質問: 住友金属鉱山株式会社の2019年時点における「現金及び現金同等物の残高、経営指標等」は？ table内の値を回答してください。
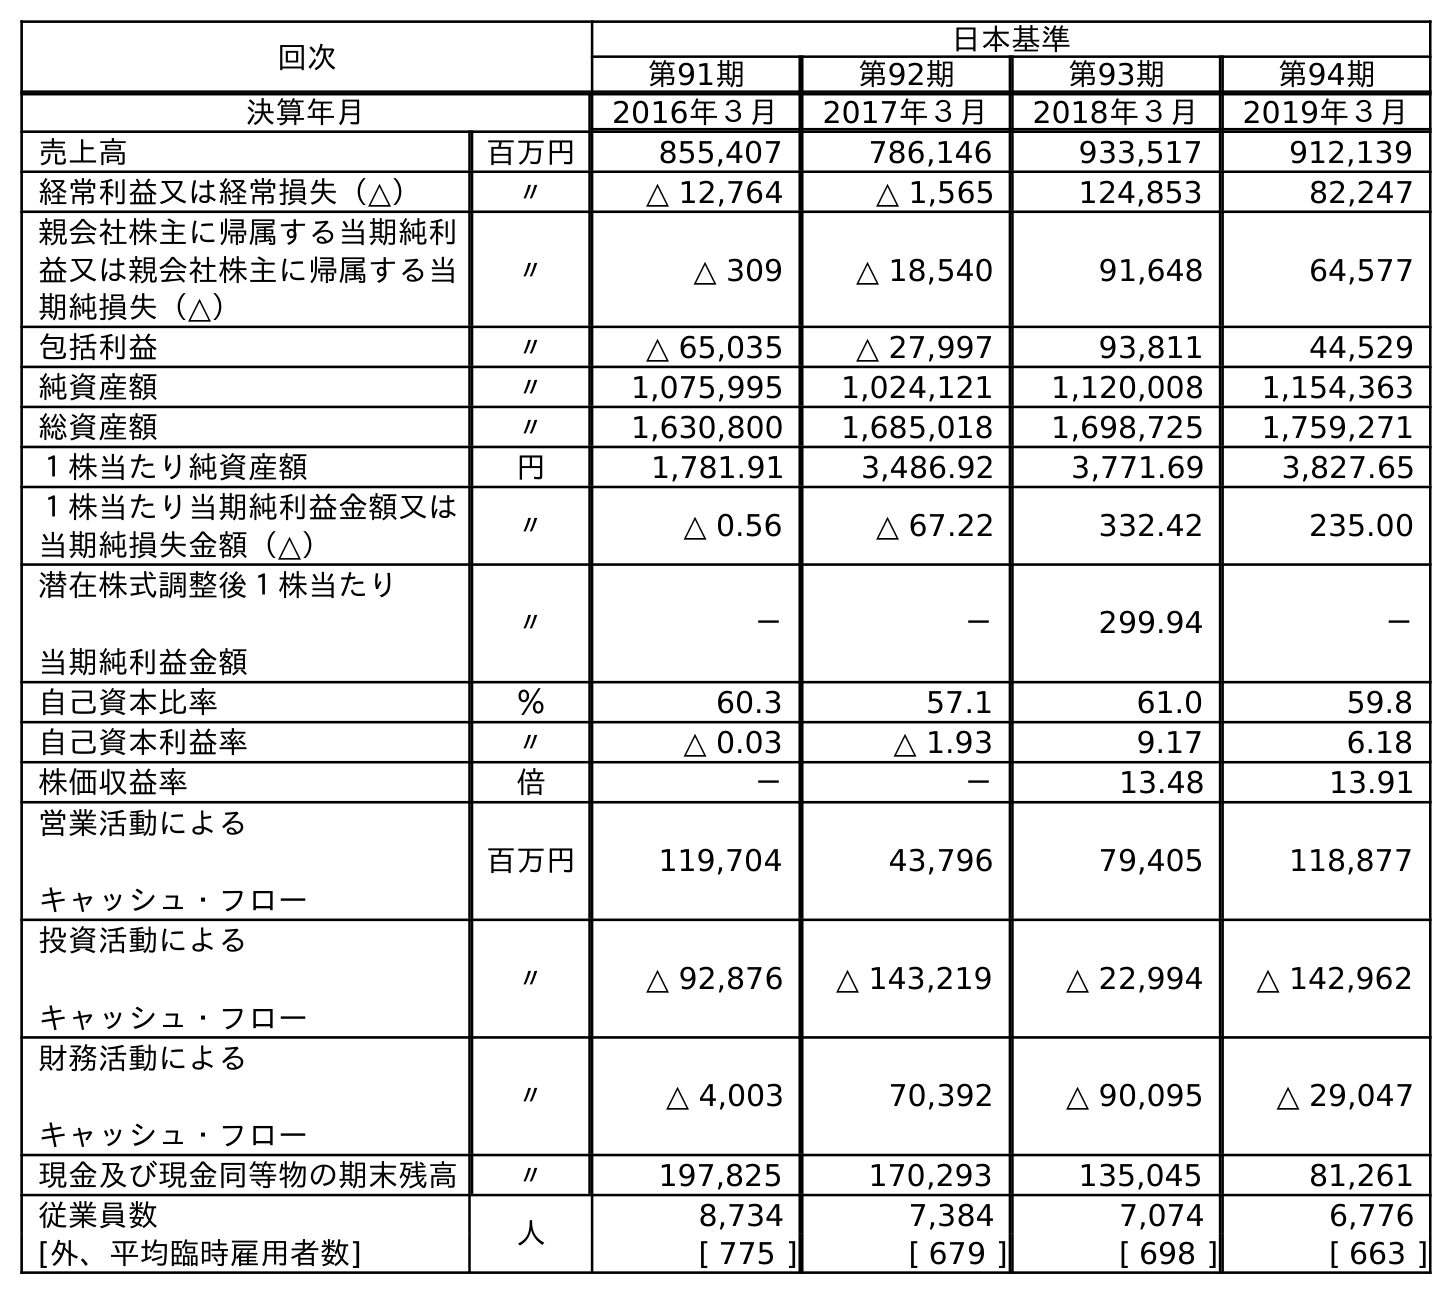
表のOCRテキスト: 回次 日本基準 第91期 第92期 第93期 第94期 決算年月 2016年３月 2017年３月 2018年３月 2019年３月 売上高 百万円 855,407 786,146 933,517 912,139 経常利益又は経常損失（△） 〃 △ 12,764 △ 1,565 124,853 82,247 親会社株主に帰属する当期純利 益又は親会社株主に帰属する当 期純損失（△） 〃 △ 309 △ 18,540 91,648 64,577 包括利益 〃 △ 65,035 △ 27,997 93,811 44,529 純資産額 〃 1,075,995 1,024,121 1,120,008 1,154,363 総資産額 〃 1,630,800 1,685,018 1,698,725 1,759,271 １株当たり純資産額 円 1,781.91 3,486.92 3,771.69 3,827.65 １株当たり当期純利益金額又は 当期純損失金額（△） 〃 △ 0.56 △ 67.22 332.42 235.00 潜在株式調整後１株当たり 当期純利益金額 〃 － － 299.94 － 自己資本比率 ％ 60.3 57.1 61.0 59.8 自己資本利益率 〃 △ 0.03 △ 1.93 9.17 6.18 株価収益率 倍 － － 13.48 13.91 営業活動による キャッシュ・フロー 百万円 119,704 43,796 79,405 118,877 投資活動による キャッシュ・フロー 〃 △ 92,876 △ 143,219 △ 22,994 △ 142,962 財務活動による キャッシュ・フロー 〃 △ 4,003 70,392 △ 90,095 △ 29,047 現金及び現金同等物の期末残高 〃 197,825 170,293 135,045 81,261 従業員数 人 8,734 7,384 7,074 6,776 [外、平均臨時雇用者数] [ 775 ] [ 679 ] [ 698 ] [ 663 ]
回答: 81,261